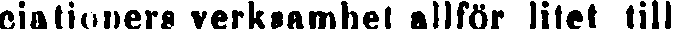
ciationers verksamhet allför litet till